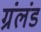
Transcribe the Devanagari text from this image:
ग्रंलंड